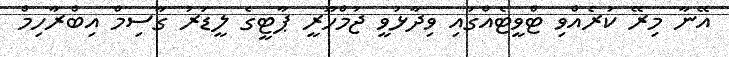
އޭނާ މިރޭ ކުރެއްވި ޓްވީޓެއްގައި ވިދާޅުވީ ޖުމްހޫރީ ޕާޓީގެ ލީޑަރު ގާސިމް އިބްރާހިމް